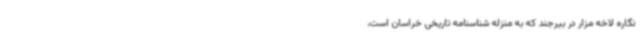
‌نگاره لاخه مزار در بیرجند که به منزله شناسنامه تاریخی خراسان است،